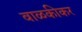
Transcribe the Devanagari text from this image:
वाळकीकर